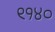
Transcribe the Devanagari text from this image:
९१४०